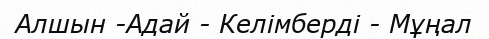
Алшын -Адай - Келімберді - Мұңал